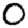
Digit: 0